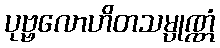
ပုဗ္ဗလောဟိတသမ္ပုဏ္ဏံ